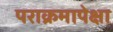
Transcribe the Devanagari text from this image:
पराक्रमापेक्षा